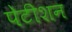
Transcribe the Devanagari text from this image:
पेटीशन